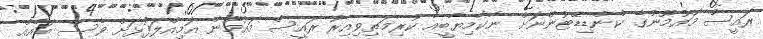
ރައީސް މައުމޫންގެ ކެންޑިޑޭޓުންނަށް ނާކާމިޔާބީއާ ކުރިމަތިވިއިރު ރައީސް މައުމޫން އަމިއްލަފުޅަށް ވެސް ބައެއް